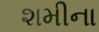
શમીના